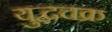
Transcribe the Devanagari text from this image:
युद्धचक्र